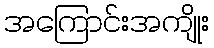
အကြောင်းအကျိုး